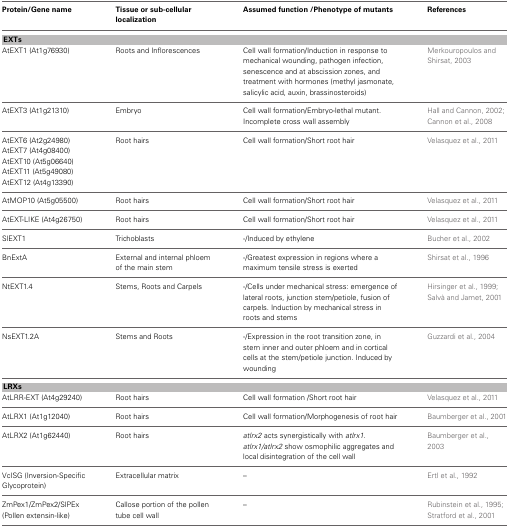
| Protein/Gene name | Tissue or sub-cellular localization | Assumed function /Phenotype of mutants | References |
 | --- | --- | --- | --- |
 | <COLSPAN=4> EXTs |
 | AtEXT1 (At1g76930) | Roots and Inflorescences | Cell wall formation/Induction in response to mechanical wounding, pathogen infection, senescence and at abscission zones, and treatment with hormones (methyl jasmonate, salicylic acid, auxin, brassinosteroids) | Merkouropoulos and Shirsat, 2003 |
 | AtEXT3 (At1g21310) | Embryo | Cell wall formation/Embryo-lethal mutant. Incomplete cross wall assembly | Hall and Cannon, 2002; Cannon et al., 2008 |
 | AtEXT6 (At2g24980) | Root hairs | Cell wall formation/Short root hair | Velasquez et al., 2011 |
 | AtEXT7 (At4g08400) |  |  |  |
 | AtEXT10 (At5g06640) |  |  |  |
 | AtEXT11 (At5g49080) |  |  |  |
 | AtEXT12 (At4g13390) |  |  |  |
 | AtMOP10 (At5g05500) | Root hairs | Cell wall formation/Short root hair | Velasquez et al., 2011 |
 | AtEXT-LIKE (At4g26750) | Root hairs | Cell wall formation/Short root hair | Velasquez et al., 2011 |
 | SlEXT1 | Trichoblasts | -/Induced by ethylene | Bucher et al., 2002 |
 | BnExtA | External and internal phloem of the main stem | -/Greatest expression in regions where a maximum tensile stress is exerted | Shirsat et al., 1996 |
 | NtEXT1.4 | Stems, Roots and Carpels | -/Cells under mechanical stress: emergence of lateral roots, junction stem/petiole, fusion of carpels. Induction by mechanical stress in roots and stems | Hirsinger et al., 1999; Salvà and Jamet, 2001 |
 | NsEXT1.2A | Stems and Roots | -/Expression in the root transition zone, in stem inner and outer phloem and in cortical cells at the stem/petiole junction. Induced by wounding | Guzzardi et al., 2004 |
 | <COLSPAN=4> LRXs |
 | AtLRR-EXT (At4g29240) | Root hairs | Cell wall formation /Short root hair | Velasquez et al., 2011 |
 | AtLRX1 (At1g12040) | Root hairs | Cell wall formation/Morphogenesis of root hair | Baumberger et al., 2001 |
 | AtLRX2 (At1g62440) | Root hairs | atlrx2 acts synergistically with atlrx1. atlrx1/atlrx2 show osmophilic aggregates and local disintegration of the cell wall | Baumberger et al., 2003 |
 | VcISG (Inversion-Specific Glycoprotein) | Extracellular matrix | – | Ertl et al., 1992 |
 | ZmPex1/ZmPex2/SlPEx (Pollen extensin-like) | Callose portion of the pollen tube cell wall | – | Rubinstein et al., 1995; Stratford et al., 2001 |